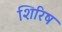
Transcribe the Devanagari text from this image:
शिरिष